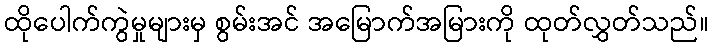
ထိုပေါက်ကွဲမှုများမှ စွမ်းအင် အမြောက်အမြားကို ထုတ်လွှတ်သည်။